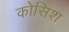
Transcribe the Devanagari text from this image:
कोसिश